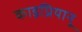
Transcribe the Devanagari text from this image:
काइप्रियानू